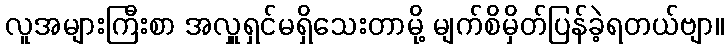
လူအများကြီးစာ အလှူရှင်မရှိသေးတာမို့ မျက်စိမှိတ်ပြန်ခဲ့ရတယ်ဗျာ။